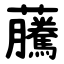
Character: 虅